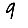
Digit: 9